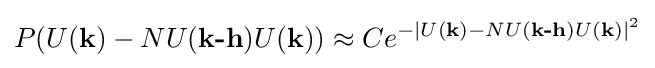
P(U({\textbf {k}})-NU({\textbf {k-h}})U({\textbf {k}}))\approx Ce^{-|U({\textbf {k}})-NU({\textbf {k-h}})U({\textbf {k}})|^{2}}